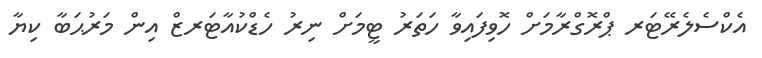
އެކްސެލެރޭޓަރ ޕްރޮގްރާމަށް ހޮވިފައިވާ ހަތަރު ޓީމަށް ނިރު ހެޑްކުއާޓަރޒް އިން މަރުޙަބާ ކިޔާ